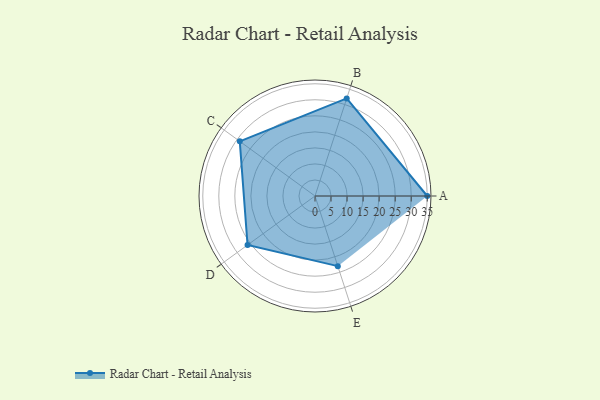
{"axis": {"x": "Skill", "y": "Score"}, "legend": ["Profile"], "data": [{"x": "A", "y": 35.0, "type": "Profile"}, {"x": "B", "y": 32.0, "type": "Profile"}, {"x": "C", "y": 29.0, "type": "Profile"}, {"x": "D", "y": 26.0, "type": "Profile"}, {"x": "E", "y": 23.0, "type": "Profile"}]}